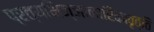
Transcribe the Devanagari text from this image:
प्रत्यभिज्ञाकारिकावृत्ति